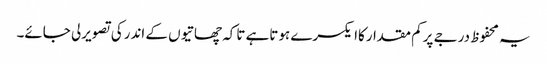
یہ محفوظ درجے پرکم مقدارکاایکسرے ہوتاہے تاکہ چھاتیوں کے اندرکی تصویرلی جائے۔